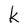
Character: k